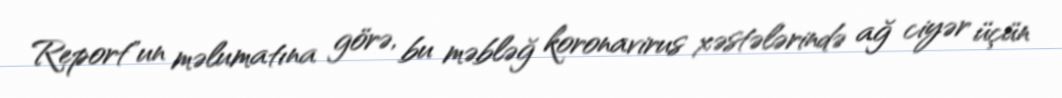
Report"un məlumatına görə, bu məbləğ koronavirus xəstələrində ağ ciyər üçün